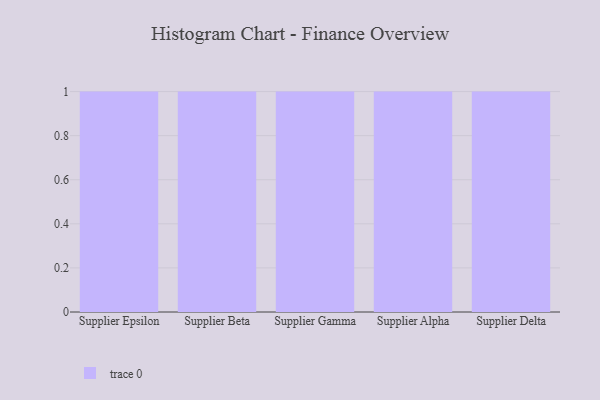
{"axis": {"x": "Supplier", "y": "Backlog"}, "legend": [""], "data": [{"x": "Supplier Epsilon", "y": 77, "type": ""}, {"x": "Supplier Beta", "y": 43, "type": ""}, {"x": "Supplier Gamma", "y": 6, "type": ""}, {"x": "Supplier Alpha", "y": 12, "type": ""}, {"x": "Supplier Delta", "y": 26, "type": ""}]}